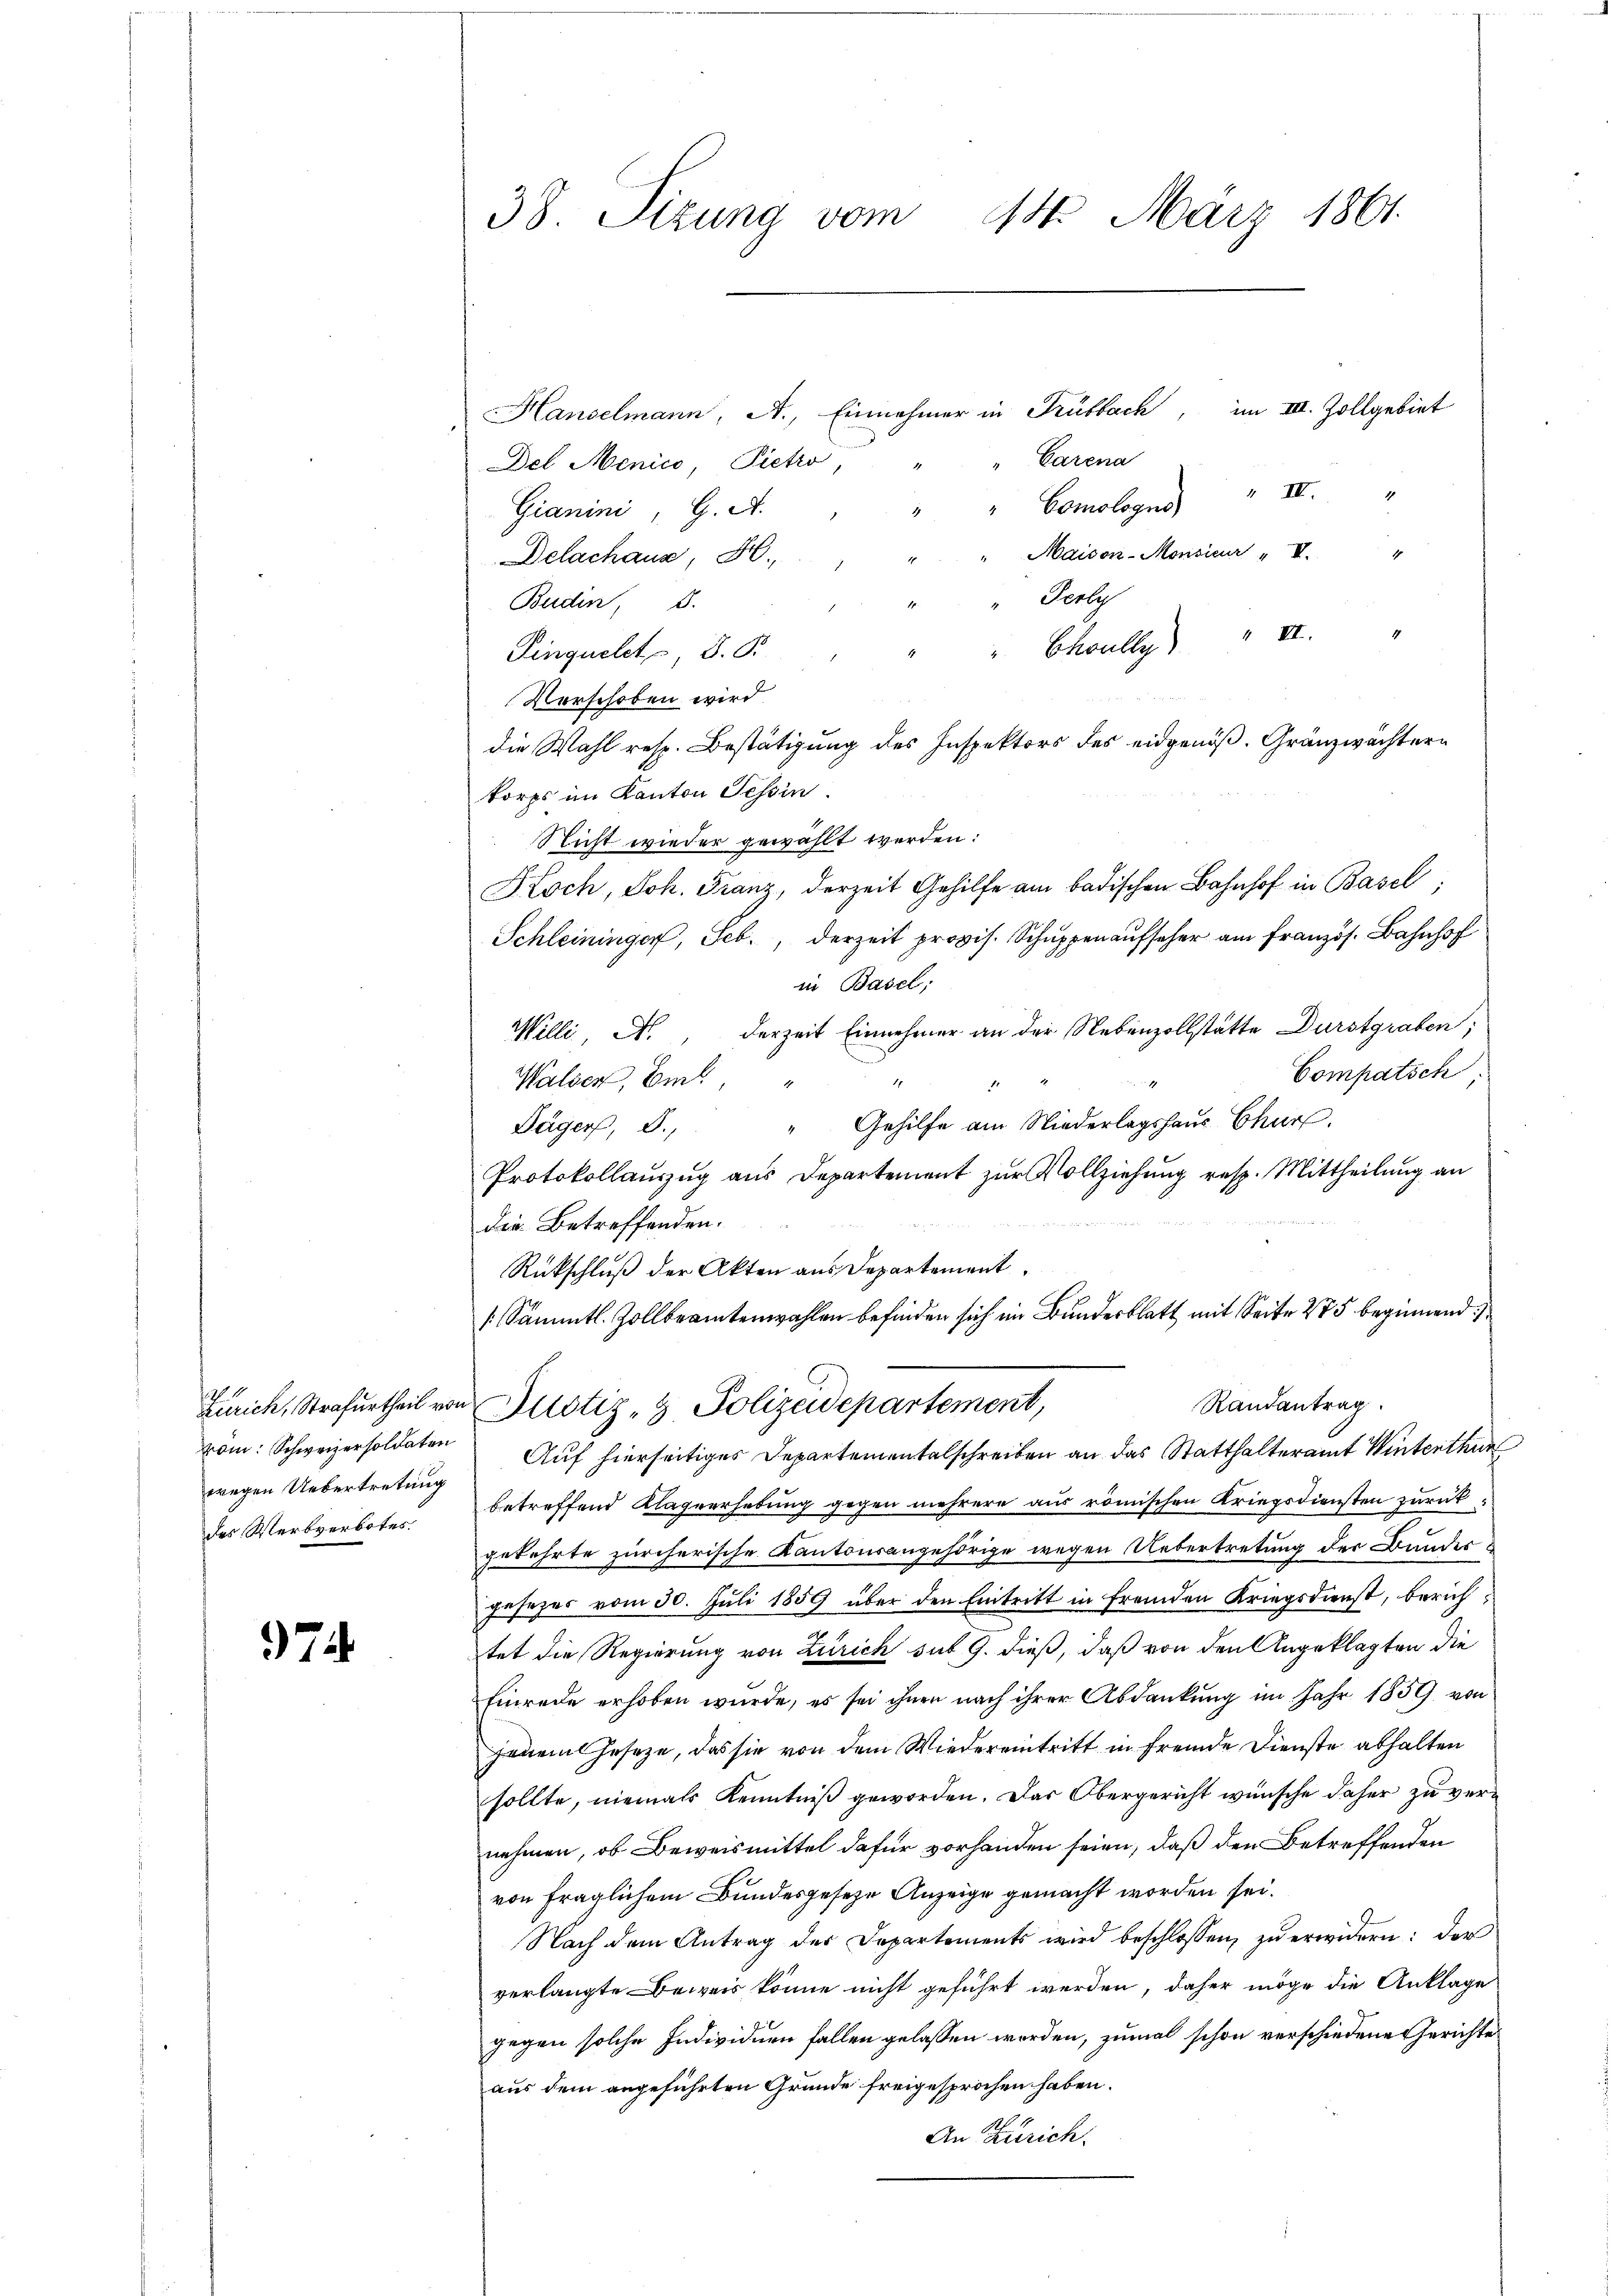
vom: Schweizersoldaten
wegen Uebertretung
des Werbverbotes.

74

38 Sizung vom 14. März 1861

Hanselmann, A., Einnehmer in Trübbach, im III. Zollgebiet
Garena
Del Menico, Pietro,
Gianini, G. A.
Maison-Monsieur "I. "
Delachaus, H.
"Perly
Budin, 8.
Choully) II
Pinguelet, S. B.
Verschoben wird
die Wahl resp. Bestätigung des Inspektors des eidgenöß. Gränzwachtern
korps im Kanton Tessin.
Nicht wieder gewählt werden:
Koch, Joh. Franz, derzeit Gehilfe am badischen Bahnhof in Basel;
Schleininger, Feb., derzeit provis. Schuppenaufseher am Französ. Bahnhof
in Basel;
Willi N., derzeit Einnehmer an der Nebenzollstätte Durstgraben;
Compatsch,
Walser, Emt, " "
1
"Gehilfe am Niederlagshaus Chur.
Dägers, d.
Protokollauszug aus Departement zur Vollziehung resp. Mittheilung an
die Betreffenden.
Rückschluß der Akten aus Departement
/. Sämmtl. Zollbeamtenwahlen befinden sich im Bundesblatt mit Seite 275 beginnend
Randantrag
Zürich, Strafurtheil von Justiz- & Polizeidepartement,
Auf hierseitiges Departementalschreiben an das Statthalteramt Winterthur
betreffend Klagverhebung gegen mehrere aus römischen Kriegsdiensten zurückgekehrte zürcherische Kantonsangehörige wegen Uebertretung der Bundesgesezes vom 30. Juli 1859 über den Eintritt in fremden Kriegsdienst, berichtet die Regierung von Zürich sub 9. dieß, daß von den Angeklagten die
Einrede erhoben wurde, es sei ihnen nach ihrer Abdankung im Jahr 1859 von
Jenem Geseze, das sie von dem Wiedereintritt in fremde Dienste abhalten
sollte, niemals Kenntniß geworden. Das Obergericht wünsche daher zu vernehmen, ob Beweismittel dafür vorhanden seien, daß den Betreffenden
von fraglichem Bundesgeseze Anzeige gemacht worden sei.
Nach dem Antrag der Departements wird beschlossen, zu erwidern: der
verlangte Beweis könne nicht geführt werden, daher möge die Anklage
gegen solche Individuen fallen gelassen worden, zumal schon verschiedene Gerichte
aus dem angeführten Grunde freigesprochen haben.
An Zürich.

"Comologus " IV. "